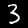
Label: 3